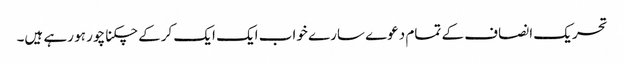
تحریک انصاف کے تمام دعوے سارے خواب ایک ایک کرکے چکنا چور ہو رہے ہیں۔